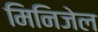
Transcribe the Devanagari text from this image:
मिनिजेल